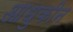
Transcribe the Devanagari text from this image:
आधुकीन